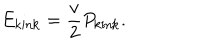
E _ { \mathrm { k i n k } } = \frac v 2 P _ { \mathrm { k i n k } } .